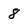
Character: 8